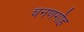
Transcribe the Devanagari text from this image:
चनणगोह